NAE_ERA_R-2362_Emakeele_Selts, lk 6
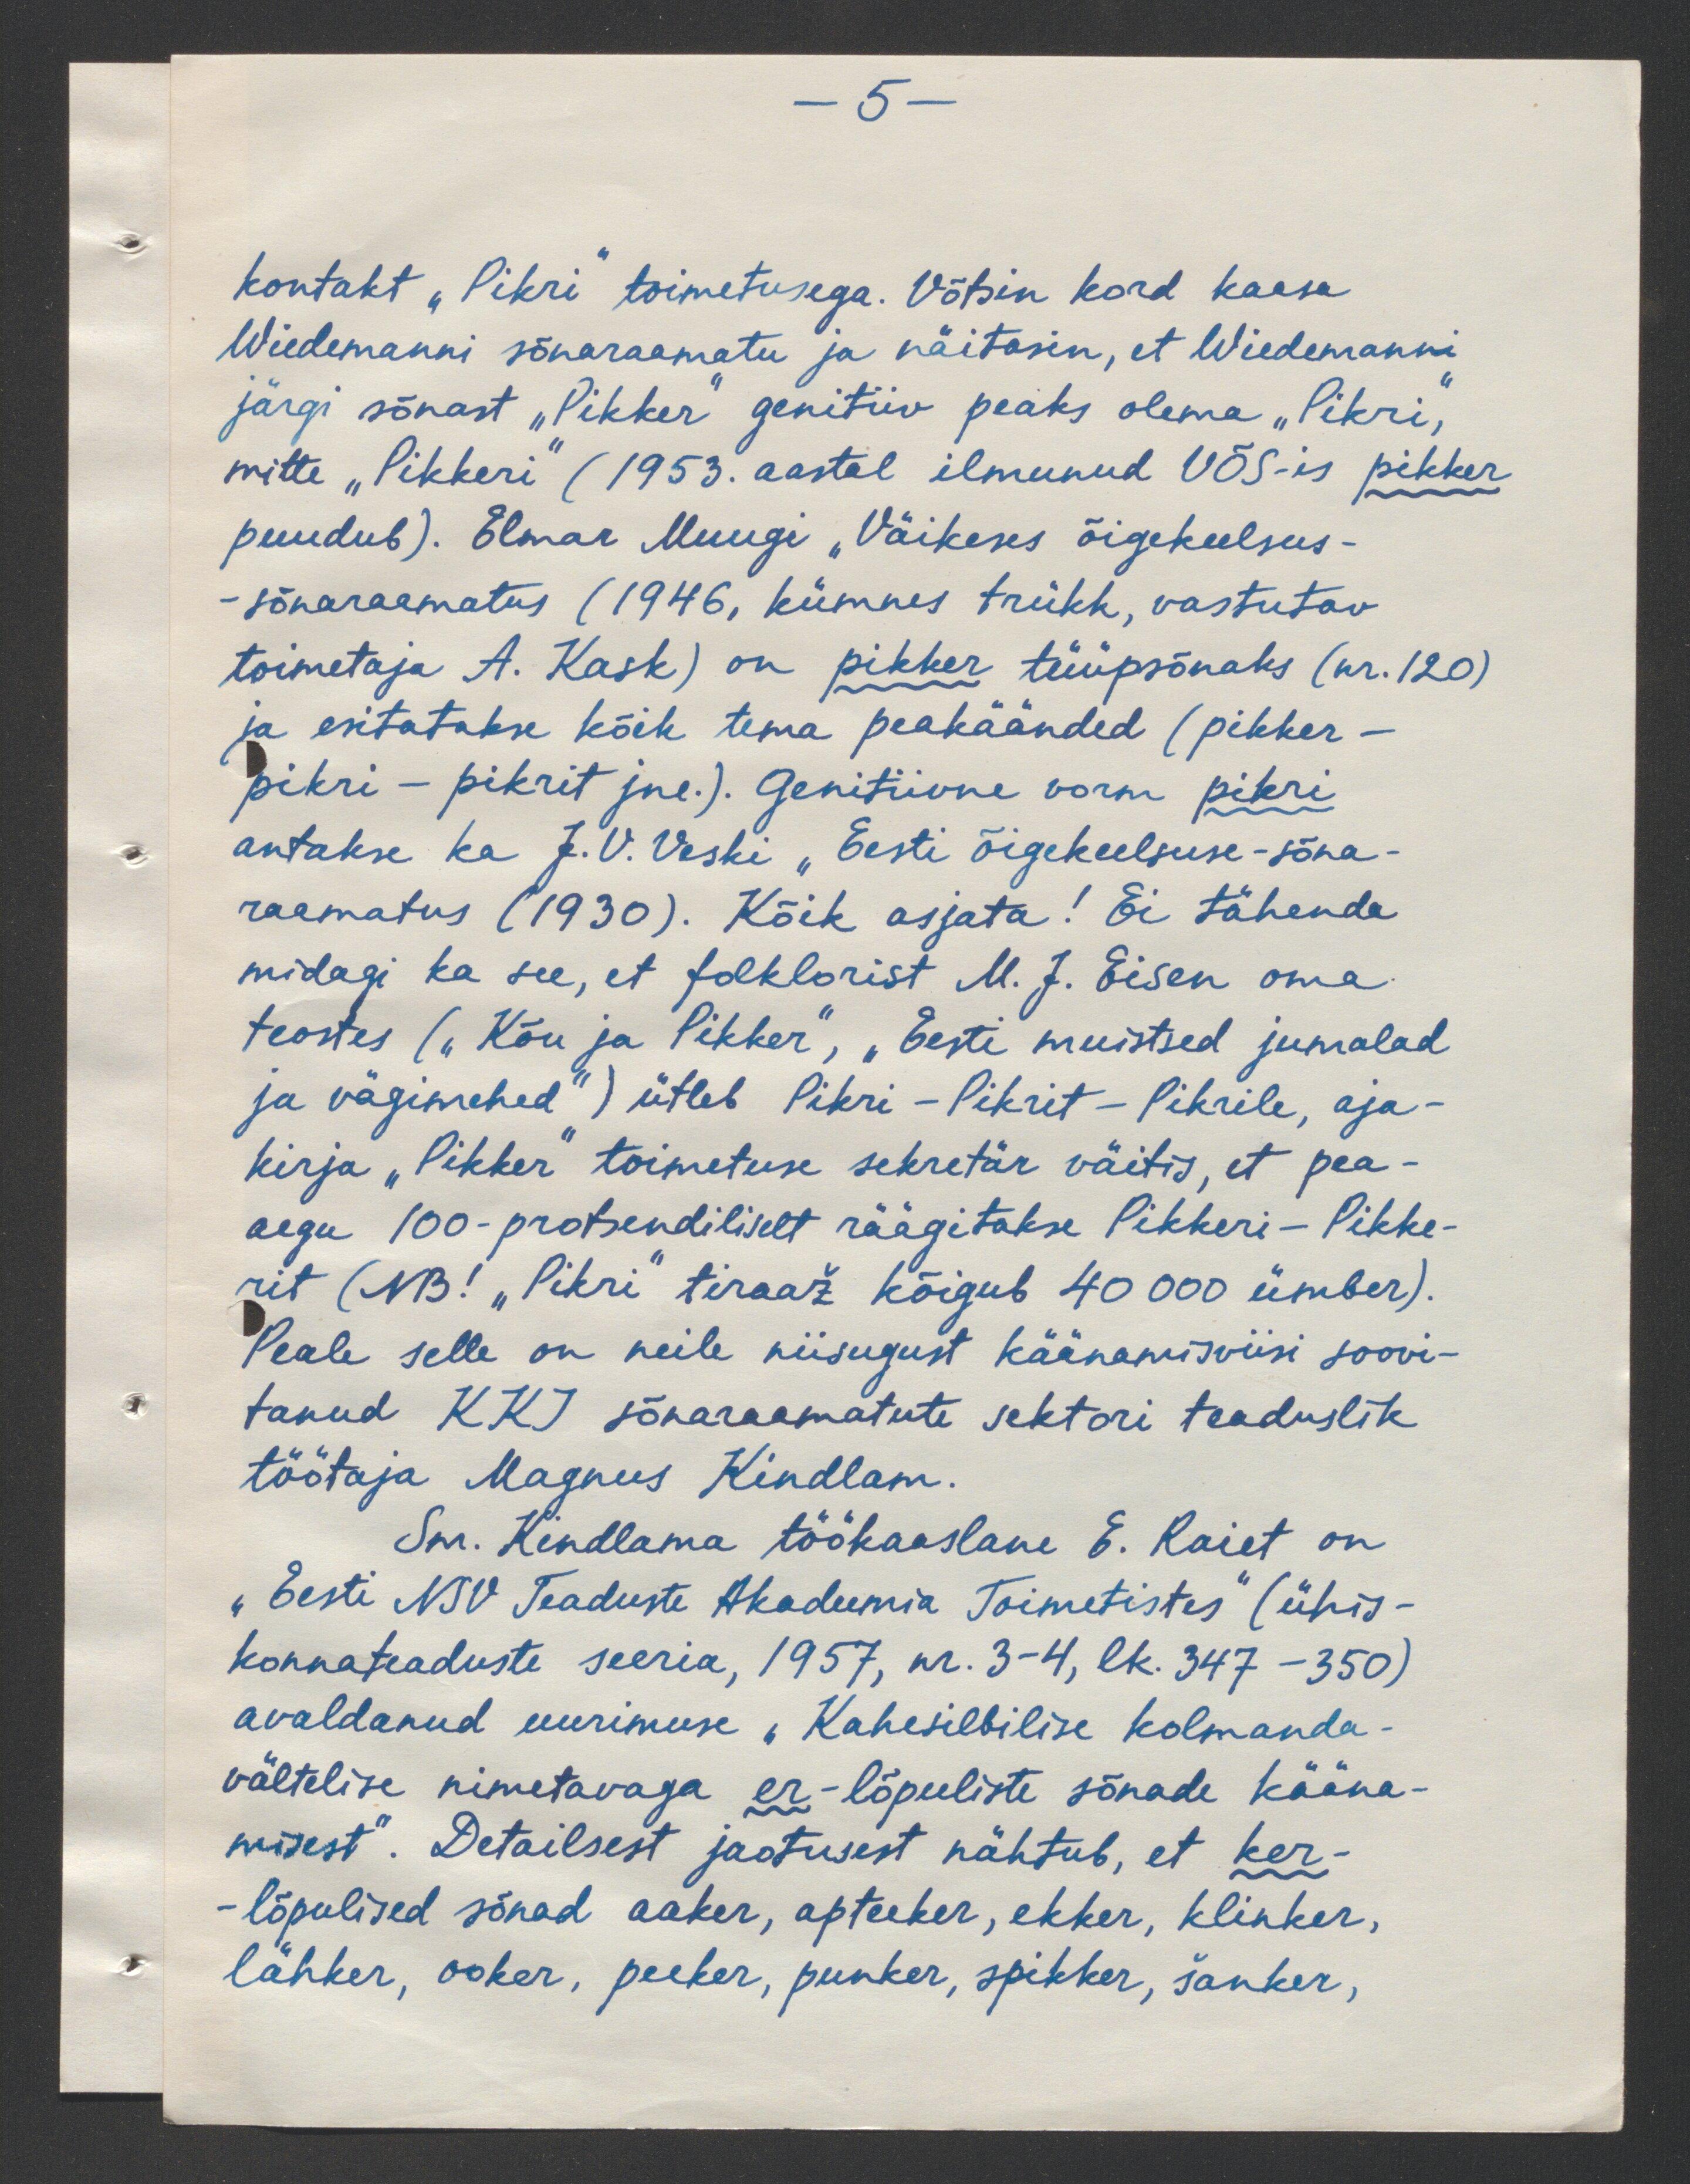
-5-
kontakt "Pikri" toimetusega. Võtsin kord kaasa
Wiedemanni sõnaraamatu ja näitasin, et Wiedemanni
järgi sõnast "Pikker" genitiiv peaks olema "Pikri,
mitte "Pikkeri" (1953. aastal ilmunud VÕS-is pikker
puudub). Elmar Muugi "Väikeses õigekeelsus-
sõnaraamatus (1946, kümnes trükk, vastutav
toimetaja A. Kask) on pikker tüüpsõnaks (nr. 120)
ja esitatakse kõik tema peakäänded (pikker-
pikri - pikrit jne.). Geritiivne vorm pikri
antakse ka J.V. Veski "Eesti õigekeelsuse-sõna-
raamatus (1930). Kõik asjata! Ei tähenda
midagi ka see, et folklorist M. J. Eisen oma
teostes („Kõu ja Pikker", „Eesti muistsed jumalad
ja vägimehed") ütleb Pikri - Pikrit - Pikrile, aja-
kirja "Pikker" toimetuse sekretär väitis, et pea-
aegu 100-protsendiliselt räägitakse Pikkeri - Pikke-
rit (NB! "Pikri" tiraaž kõigub 40 000 ümber).
Peale selle on neile niisugust käänamisviisi soovi-
tanud KKI sõnaraamatute sektori teaduslik
töötaja Magnus Kindlam.
Sm. Kindlama töökaaslane E. Raiet on
„Eesti NSV Teaduste Akadeemia Toimetistes" (ühis-
konnateaduste seeria, 1957, nr. 3-4, lk. 347 - 350).
avaldanud uurimuse "Kahesilbilise kolmanda-
vältelise nimetavaga er-lõpuliste sõnade kääna-
misest". Detailsest jaotusest nähtub, et ker-
- lõpulised sõnad aaker, apteeker, ekker, klinker,
lähker, ooker, peeker, punker, spikker, šanker,